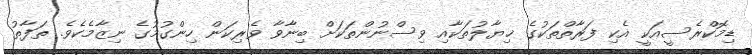
ޑިމޮކްރެސީއަކީ އެކި ފަރާތްތަކުގެ ޚިޔާލުތަކާއި ވިސްނުންތަކަށް ބިނާވާ ވެރިކަން ހިންގުމުގެ ނިޒާމެކެވެ. ތަފާތު